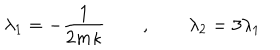
\lambda _ { 1 } = - { \frac { 1 } { 2 m \kappa } } \qquad , \qquad \lambda _ { 2 } = 3 \lambda _ { 1 }